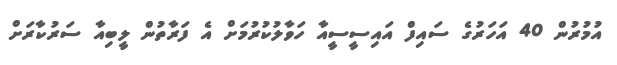
އުމުރުން 40 އަހަރުގެ ސައިފް އައިސީސީއާ ހަވާލުކުރުމަށް އެ ފަރާތުން ލީބިއާ ސަރުކާރަށް